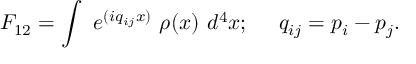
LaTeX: { \cal F } _ { 1 2 } = \int \ e ^ { ( i q _ { i j } x ) } \ \rho ( x ) \ d ^ { 4 } x ; \ \ \ \ q _ { i j } = p _ { i } - p _ { j } .